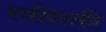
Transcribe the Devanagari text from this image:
स्त्रीशक्ती